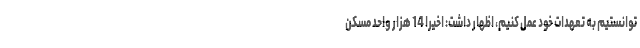
توانستیم به تعهدات خود عمل کنیم، اظهار داشت: اخیرا 14 هزار واحد مسکن